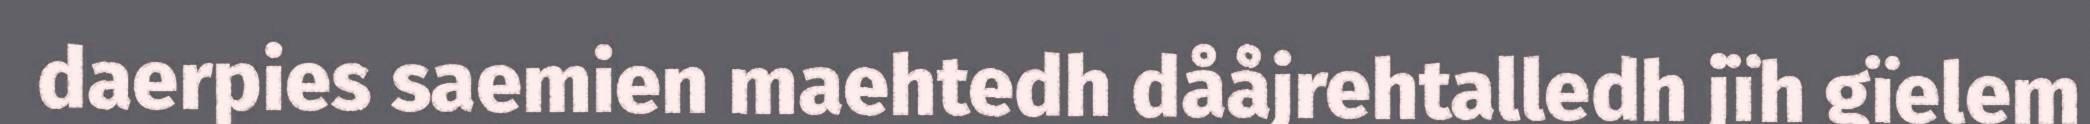
daerpies saemien maehtedh dååjrehtalledh jïh gïelem